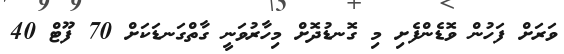
ވަރަށް ފަހުން ވޮޑެންފެށި މި ގޮނޑުދޮށް މިހާރުވަނީ ގާތްގަނޑަކަށް 70 ފޫޓް 40